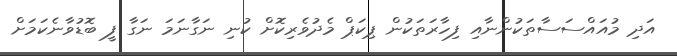
އަދި މުއައްސަސާތަކުންނާއި ފިހާރަތަކުން ޕިކަޕް މެދުވެރިކޮށް ކުނި ނަގާނަމަ ނަގާ ފީ ބޮޑުވާނެކަމަށް